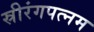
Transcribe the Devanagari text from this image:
स्रीरंगपत्नम